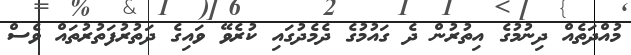
މުއްދަތެއް ދިނުމުގެ އިތުރުން ދެ ގައުމުގެ ދެމެދުގައި ކުރެވޭ ވައިގެ ދަތުރުފަތުރުތައް ވެސް